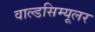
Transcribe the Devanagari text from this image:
वाल्डसिम्यूलर